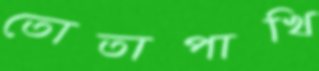
তোতাপাখি